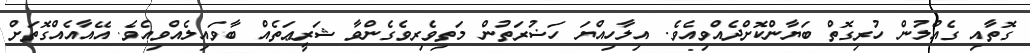
ގޮތާއި ގެއްލުން ހުރިގޮތް ބަޔާންކޮށްދެއްވިއެވެ. އިލާހިއްޔަ ހަޟުރަތުން މަތިވެރިވެގެންވާ ޝަރީޢަތެއް ބާވައިލެއްވިއެވެ. އޭއާއެއްގޮތަށް